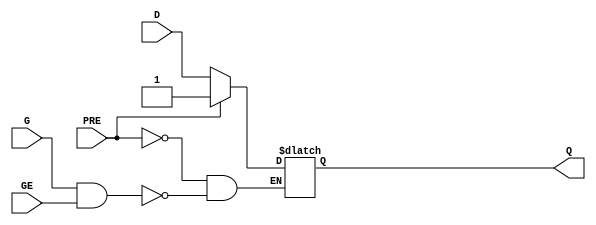
///////////////////////////////////////////////////////////////////////////////
// Copyright (c) 1995/2015 Xilinx, Inc.
// All Right Reserved.
///////////////////////////////////////////////////////////////////////////////
//   ____  ____
//  /   /\/   /
// /___/  \  /    Vendor : Xilinx
// \   \   \/     Version : 2015.4
//  \   \         Description : Xilinx Formal Library Component
//  /   /                  D-LATCH with async preset and gate enable
// /___/   /\     Filename : LDPE.v
// \   \  /  \
//  \___\/\___\
//
///////////////////////////////////////////////////////////////////////////////
// Revision:
//    04/01/08 - Initial version.
//    08/30/13 - PR683925 - add invertible pin support.
//    10/30/14 - Added missing parameters (CR 830410).
// End Revision
///////////////////////////////////////////////////////////////////////////////

`timescale  1 ps / 1 ps

`celldefine

module LDPE (Q, D, G, GE, PRE);

   parameter [0:0] INIT = 1'b1;
   parameter [0:0] IS_G_INVERTED = 1'b0;
   parameter [0:0] IS_PRE_INVERTED = 1'b0;

`ifdef XIL_TIMING //Simprim
   parameter LOC = "UNPLACED";
   parameter MSGON = "TRUE";
   parameter XON = "TRUE";
`endif

    output Q;
    reg    Q = INIT;

    input  D, G, GE, PRE;
    wire G_in, PRE_in;

    assign G_in = IS_G_INVERTED ^ G;
    assign PRE_in = IS_PRE_INVERTED ^ PRE;

  always @( PRE_in or D or G_in or GE)
      if (PRE_in)
    Q <= 1;
      else if (G_in && GE)
    Q <= D;

endmodule

`endcelldefine